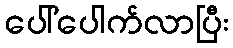
ပေါ်ပေါက်လာပြီး